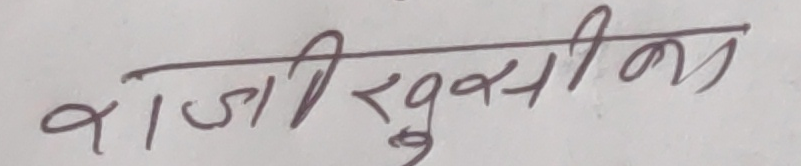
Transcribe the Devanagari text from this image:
राजिखुसीक